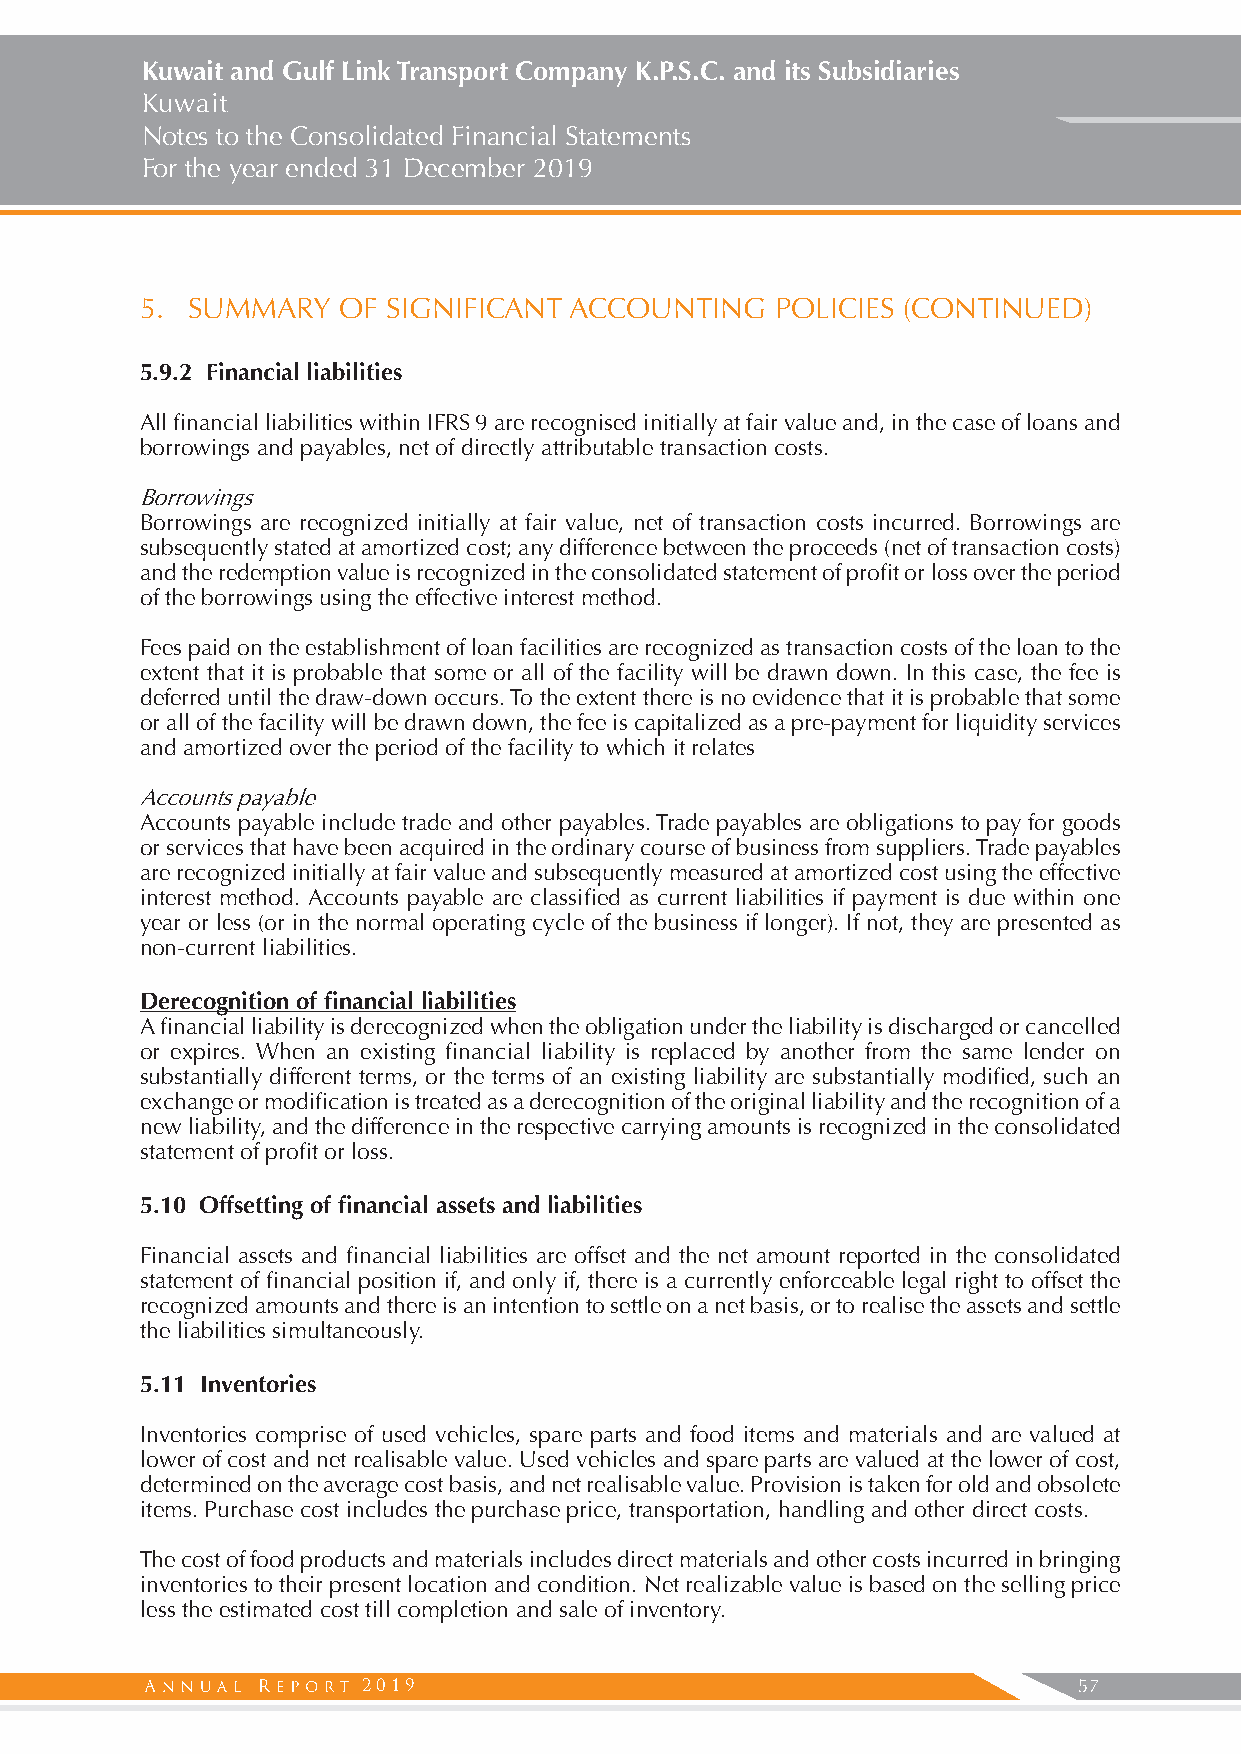
Kuwait and Gulf Link Transport Company K.P.S.C. and its Subsidiaries
 Kuwait
 Notes to the Consolidated Financial Statements
 For the year ended 31 December 2019
 5. SUMMARY   OF  SIGNIFICANT ACCOUNTING   POLICIES (CONTINUED)
 5.9.2 Financial liabilities
 All financial liabilities within IFRS 9 are recognised initially at fair value and, in the case of loans and
 borrowings and payables, net of directly attributable transaction costs.
 Borrowings
 Borrowings are recognized initially at fair value, net of transaction costs incurred. Borrowings are
 subsequently stated at amortized cost; any difference between the proceeds (net of transaction costs)
 and the redemption value is recognized in the consolidated statement of profit or loss over the period
 of the borrowings using the effective interest method.
 Fees paid on the establishment of loan facilities are recognized as transaction costs of the loan to the
 extent that it is probable that some or all of the facility will be drawn down. In this case, the fee is
 deferred until the draw-down occurs. To the extent there is no evidence that it is probable that some
 or all of the facility will be drawn down, the fee is capitalized as a pre-payment for liquidity services
 and amortized over the period of the facility to which it relates
 Accounts payable
 Accounts payable include trade and other payables. Trade payables are obligations to pay for goods
 or services that have been acquired in the ordinary course of business from suppliers. Trade payables
 are recognized initially at fair value and subsequently measured at amortized cost using the effective
 interest method. Accounts payable are classified as current liabilities if payment is due within one
 year or less (or in the normal operating cycle of the business if longer). If not, they are presented as
 non-current liabilities.
 Derecognition of financial liabilities
 A financial liability is derecognized when the obligation under the liability is discharged or cancelled
 or expires. When an existing financial liability is replaced by another from the same lender on
 substantially different terms, or the terms of an existing liability are substantially modified, such an
 exchange or modification is treated as a derecognition of the original liability and the recognition of a
 new liability, and the difference in the respective carrying amounts is recognized in the consolidated
 statement of profit or loss.
 5.10 Offsetting of financial assets and liabilities
 Financial assets and financial liabilities are offset and the net amount reported in the consolidated
 statement of financial position if, and only if, there is a currently enforceable legal right to offset the
 recognized amounts and there is an intention to settle on a net basis, or to realise the assets and settle
 the liabilities simultaneously.
 5.11 Inventories
 Inventories comprise of used vehicles, spare parts and food items and materials and are valued at
 lower of cost and net realisable value. Used vehicles and spare parts are valued at the lower of cost,
 determined on the average cost basis, and net realisable value. Provision is taken for old and obsolete
 items. Purchase cost includes the purchase price, transportation, handling and other direct costs.
 The cost of food products and materials includes direct materials and other costs incurred in bringing
 inventories to their present location and condition. Net realizable value is based on the selling price
 less the estimated cost till completion and sale of inventory.
 2019                                           57